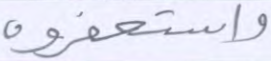
واستغفروه